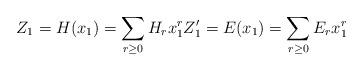
LaTeX: \begin{align*}Z_{1}=H(x_{1})=\sum_{r\geq 0}H_{r}x_{1}^{r}Z_{1}^{\prime }=E(x_{1})=\sum_{r\geq 0}E_{r}x_{1}^{r}\end{align*}